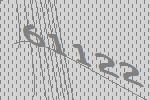
61122